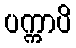
ပက္ကာပိ